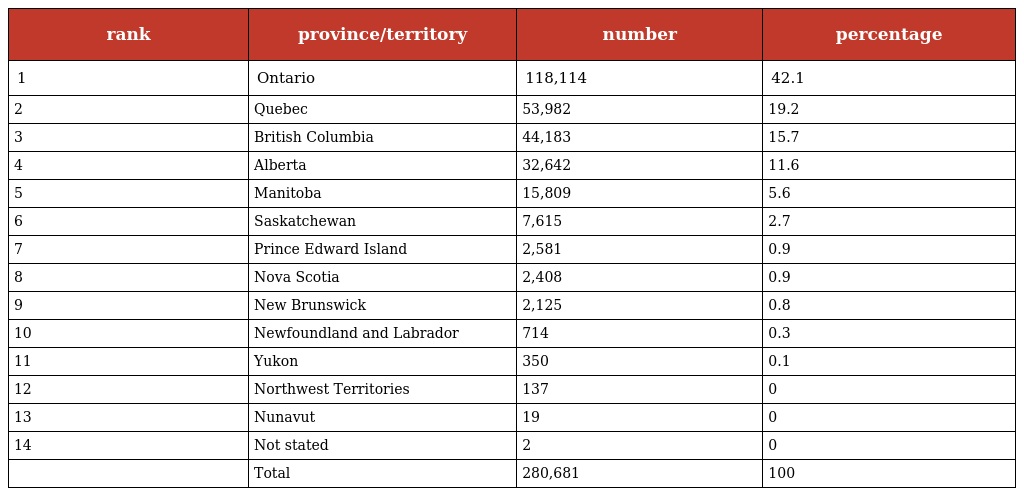
| rank | province/territory | number | percentage |
 | --- | --- | --- | --- |
 | 1 | Ontario | 118,114 | 42.1 |
 | 2 | Quebec | 53,982 | 19.2 |
 | 3 | British Columbia | 44,183 | 15.7 |
 | 4 | Alberta | 32,642 | 11.6 |
 | 5 | Manitoba | 15,809 | 5.6 |
 | 6 | Saskatchewan | 7,615 | 2.7 |
 | 7 | Prince Edward Island | 2,581 | 0.9 |
 | 8 | Nova Scotia | 2,408 | 0.9 |
 | 9 | New Brunswick | 2,125 | 0.8 |
 | 10 | Newfoundland and Labrador | 714 | 0.3 |
 | 11 | Yukon | 350 | 0.1 |
 | 12 | Northwest Territories | 137 | 0 |
 | 13 | Nunavut | 19 | 0 |
 | 14 | Not stated | 2 | 0 |
 |  | Total | 280,681 | 100 |